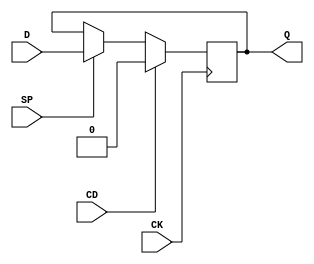
module FD1P3IX(input D, CK, SP, CD, output reg Q);
	parameter GSR = "DISABLED";
	initial Q = 1'b0;
	always @(posedge CK)
		if (CD)
			Q <= 1'b0;
		else if (SP)
			Q <= D;
	specify
		$setup(D, posedge CK, 0);
		$setup(SP, posedge CK, 212);
		$setup(CD, posedge CK, 224);
		if (!CD && SP) (posedge CK => (Q : D)) = 336;
	endspecify
endmodule